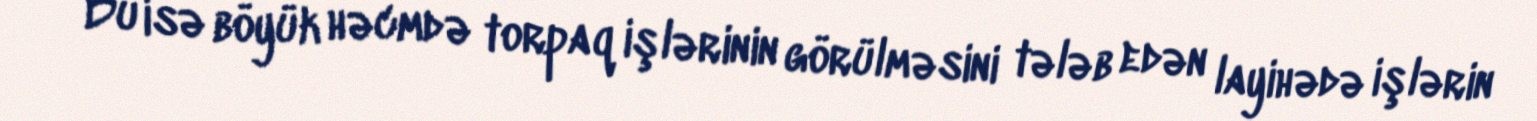
Bu isə böyük həcmdə torpaq işlərinin görülməsini tələb edən layihədə işlərin